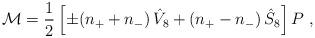
LaTeX: \begin{align*}{\cal M} = \frac{1}{2} \left[ \pm (n_+ + n_- )\, \hat V_8 + (n_+ -n_-) \, \hat S_8 \right] P \ ,\end{align*}